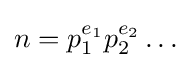
n=p_{1}^{e_{1}}p_{2}^{e_{2}}\dots